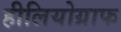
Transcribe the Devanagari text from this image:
हीलियोग्राफ